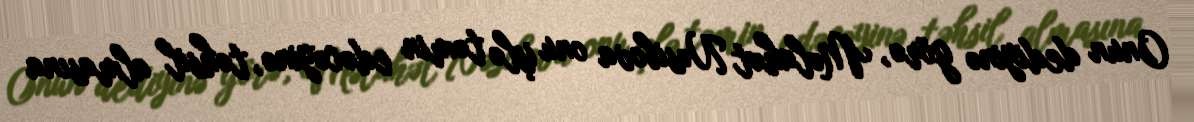
Onun dediyinə görə, Məlahət Nəsibova onu işlə təmin edəcəyinə, təhsil almasına